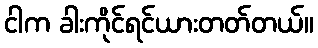
ငါက ခါးကိုင်ရင်ယားတတ်တယ်။